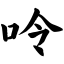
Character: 呤